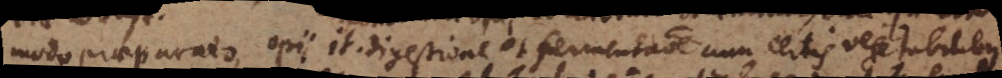
modo praeparato, opii it. digestione et fermentatione cum certis vegetabilibus